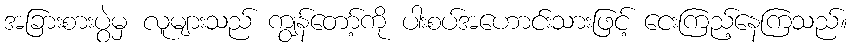
အခြားစားပွဲမှ လူများသည် ကျွန်တော့်ကို ပါးစပ်အဟောင်းသားဖြင့် ငေးကြည့်နေကြသည်။